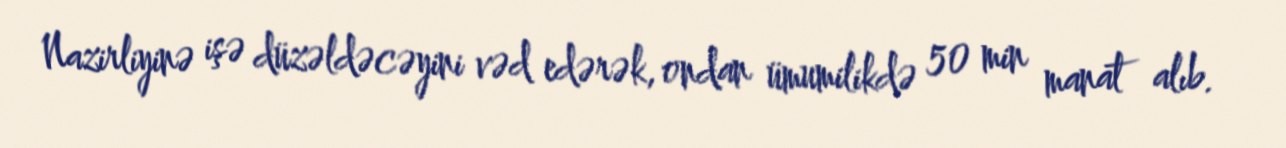
Nazirliyinə işə düzəldəcəyini vəd edərək, ondan ümumilikdə 50 min manat alıb.